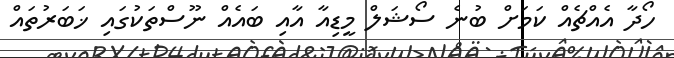
ހޯދާ އެއްޗެއް ކަމަށް ބުނެ ސޯޝަލް މީޑިއާ އާއި ބައެއް ނޫސްތަކުގައި ޚަބަރުތައް